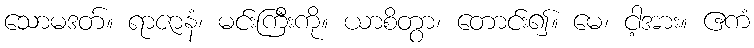
သောမဒတ်။ ရာဇာနံ၊ မင်းကြီးကို။ ယာစိတွာ၊ တောင်း၍။ မေ၊ ငါ့အား။ ဧကံ